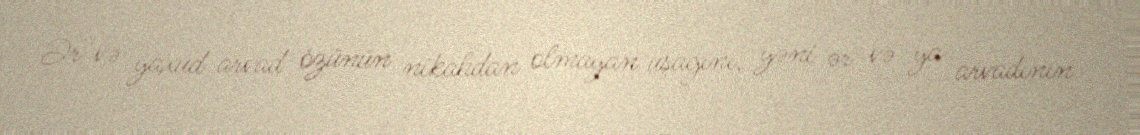
Ər və yaxud arvad özünün nikahdan olmayan uşağını, yəni ər və ya arvadının